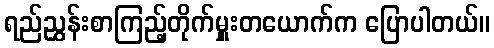
ရည်ညွှန်းစာကြည့်တိုက်မှူးတယောက်က ပြောပါတယ်။